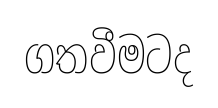
ගතවීමටද